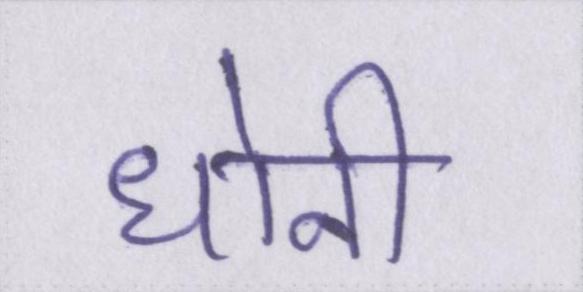
धोनी